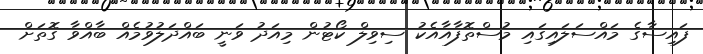
ފައިސާގެ މައްސަލައިގައި މުސްތޮފާއާއެކު ސިވިލް ކޯޓުން މިއަދު ވަނީ ބައްދަލުވުމެއް ބާއްވާ ގޮތަށް